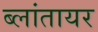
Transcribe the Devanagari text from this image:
ब्लांतायर